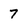
Character: 7